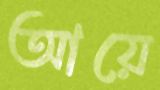
আয়ে